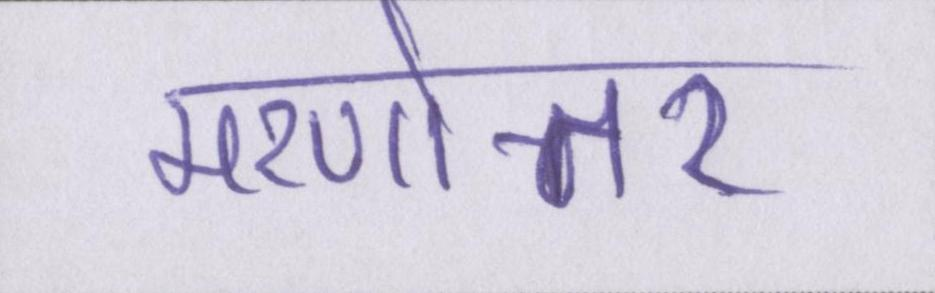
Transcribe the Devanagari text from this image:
मरणोत्तर